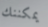
يمكننك